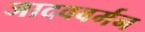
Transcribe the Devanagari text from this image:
जादववर्मन